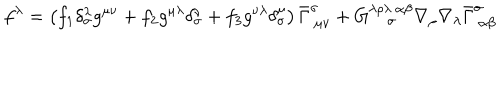
f ^ { \lambda } = \left( f _ { 1 } \delta _ { \sigma } ^ { \lambda } g ^ { \mu \nu } + f _ { 2 } g ^ { \mu \lambda } \delta _ { \sigma } ^ { \nu } + f _ { 3 } g ^ { \nu \lambda } \delta _ { \sigma } ^ { \mu } \right) \bar { \Gamma } _ { ~ \mu \nu } ^ { \sigma } + G _ { ~ \sigma } ^ { \lambda \rho \lambda ~ \alpha \beta } \nabla _ { \rho } \nabla _ { \lambda } \bar { \Gamma } _ { ~ \alpha \beta } ^ { \sigma }